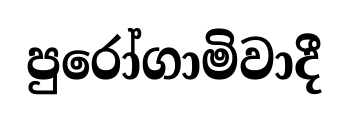
පුරෝගාමිවාදී